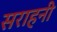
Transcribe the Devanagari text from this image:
सराहनी